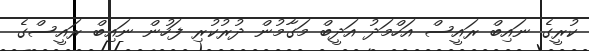
ކުރީގެ ނައިބް ރައީސް އަހްމަދު އަދީބް މަގާމުން ދުރުކުރި ފަހުން ނައިބް ރައީސްގެ